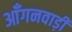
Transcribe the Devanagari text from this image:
आँगनवाड़ी